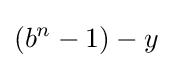
\left(b^{n}-1\right)-y